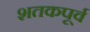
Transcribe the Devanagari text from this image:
शतकपूर्व